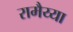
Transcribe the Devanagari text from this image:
रामैय्या